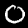
Label: 0